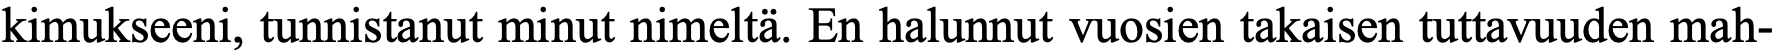
kimukseeni, tunnistanut minut nimeltä. En halunnut vuosien takaisen tuttavuuden mah-